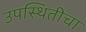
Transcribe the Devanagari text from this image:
उपस्थितीचा